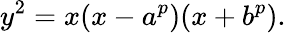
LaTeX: y^{2}=x(x-a^{p})(x+b^{p}).